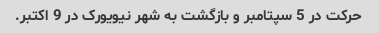
حرکت در 5 سپتامبر و بازگشت به شهر نیویورک در 9 اکتبر.